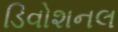
ડિવોશનલ